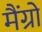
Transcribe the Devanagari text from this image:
मैंग्रो